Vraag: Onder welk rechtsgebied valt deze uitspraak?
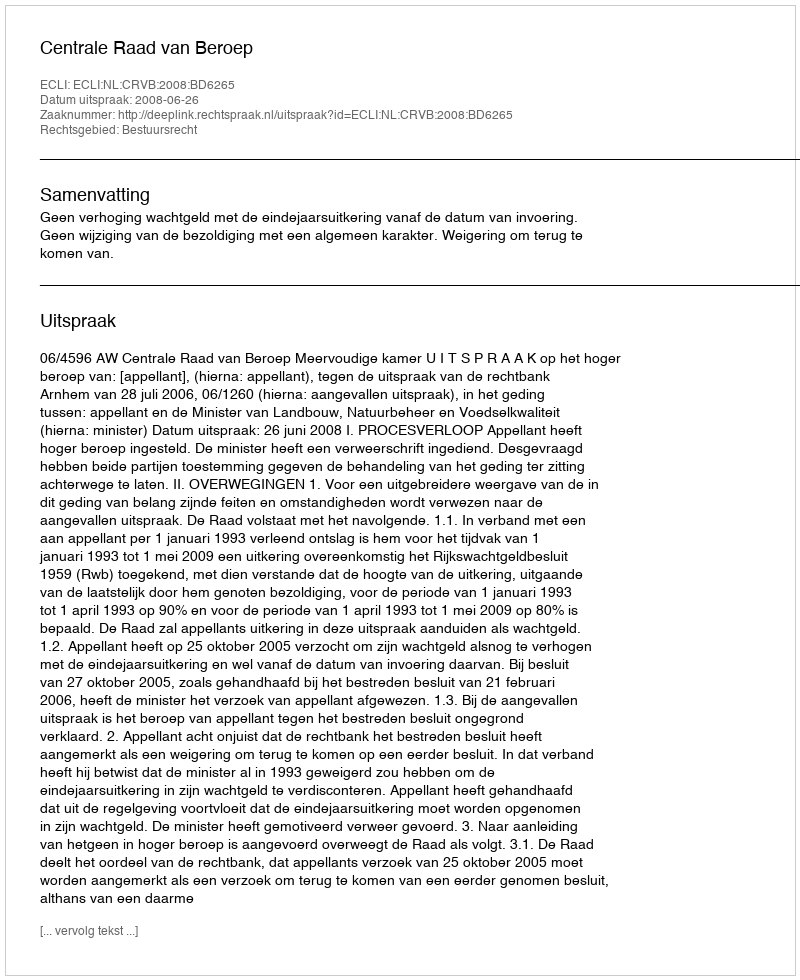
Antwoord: Bestuursrecht